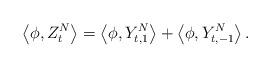
LaTeX: \begin{align*}\left<\phi, Z^N_t\right> = \left<\phi, Y_{t,1}^N\right> + \left<\phi, Y_{t,-1}^N\right>.\end{align*}